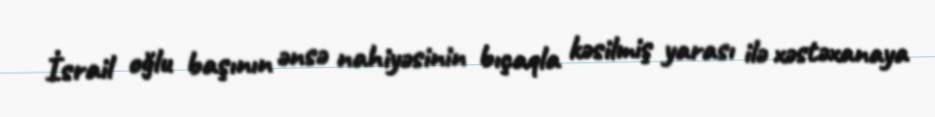
İsrail oğlu başının ənsə nahiyəsinin bıçaqla kəsilmiş yarası ilə xəstəxanaya